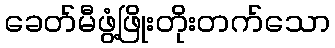
ခေတ်မီဖွံ့ဖြိုးတိုးတက်သော